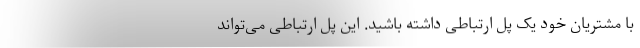
با مشتریان خود یک پل ارتباطی داشته باشید. این پل ارتباطی می‌تواند